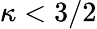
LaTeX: \kappa<3/2